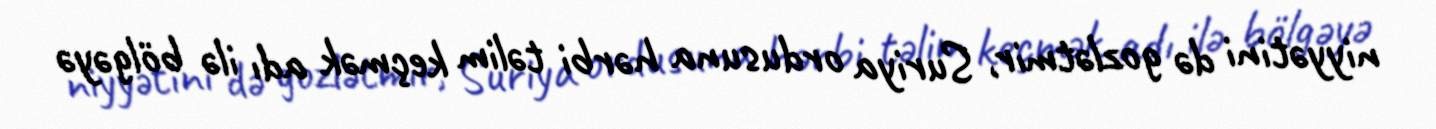
niyyətini də gozlətmir, Suriya ordusuna hərbi təlim keçmək adı ilə bölgəyə